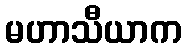
မဟာသီယာက